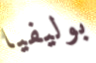
بوليفيا